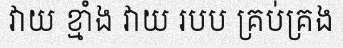
វាយ ខ្មាំង វាយ របប គ្រប់គ្រង